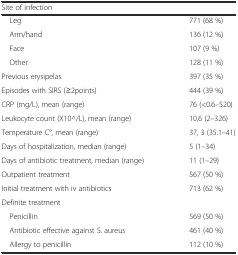
<table><thead><tr><td><b>Site of infection</b></td><td></td></tr></thead><tbody><tr><td> Leg</td><td>771 (68 %)</td></tr><tr><td> Arm/hand</td><td>136 (12 %)</td></tr><tr><td> Face</td><td>107 (9 %)</td></tr><tr><td> Other</td><td>128 (11 %)</td></tr><tr><td>Previous erysipelas</td><td>397 (35 %)</td></tr><tr><td>Episodes with SIRS (≥2points)</td><td>444 (39 %)</td></tr><tr><td>CRP (mg/L), mean (range)</td><td>76 (&lt;0.6–520)</td></tr><tr><td>Leukocyte count (X10^/L), mean (range)</td><td>10,6 (2–326)</td></tr><tr><td>Temperature C°, mean (range)</td><td>37, 3 (35.1–41)</td></tr><tr><td>Days of hospitalization, median (range)</td><td>5 (1–34)</td></tr><tr><td>Days of antibiotic treatment, median (range)</td><td>11 (1–29)</td></tr><tr><td>Outpatient treatment</td><td>567 (50 %)</td></tr><tr><td>Initial treatment with iv antibiotics</td><td>713 (62 %)</td></tr><tr><td>Definite treatment</td><td></td></tr><tr><td> Penicillin</td><td>569 (50 %)</td></tr><tr><td> Antibiotic effective against S. aureus</td><td>461 (40 %)</td></tr><tr><td> Allergy to penicillin</td><td>112 (10 %)</td></tr></tbody></table>